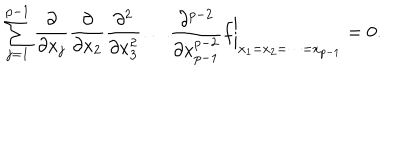
\sum _ { j = 1 } ^ { p - 1 } \frac { \partial } { \partial x _ { j } } \frac { \partial } { \partial x _ { 2 } } \frac { \partial ^ { 2 } } { \partial x _ { 3 } ^ { 2 } } \dots \frac { \partial ^ { p - 2 } } { \partial x _ { p - 1 } ^ { p - 2 } } f \biggr | _ { x _ { 1 } = x _ { 2 } = \dots = x _ { p - 1 } } = 0 .